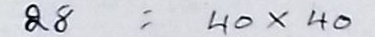
28 = 40 x 40